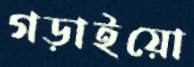
গড়াইয়ো